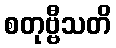
စတုဗ္ဗီသတိ